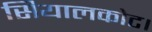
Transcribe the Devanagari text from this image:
सियालकोट।